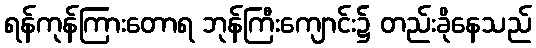
ရန်ကုန်ကြားတောရ ဘုန်ကြီးကျောင်း၌ တည်းခိုနေသည်